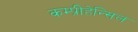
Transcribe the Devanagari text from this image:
कम्प्रीहेन्सिल